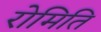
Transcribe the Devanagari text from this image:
रोमिति